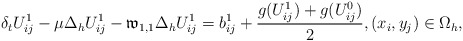
\begin{align*} \delta_{t}U^{1}_{ij}-\mu\Delta_{h} U^{1}_{ij}- \mathfrak{w}_{1,1}\Delta_{h} U^{1}_{ij} =b^{1}_{ij}+\frac{g(U^1_{ij})+g(U^{0}_{ij})}{2},(x_i,y_j)\in\Omega_{h}, \end{align*}